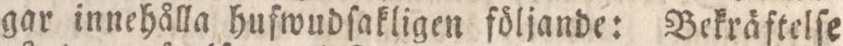
gar innehålla hufwudſakligen följande: Bekräftelſe